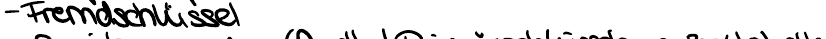
- Fremdschlüssel